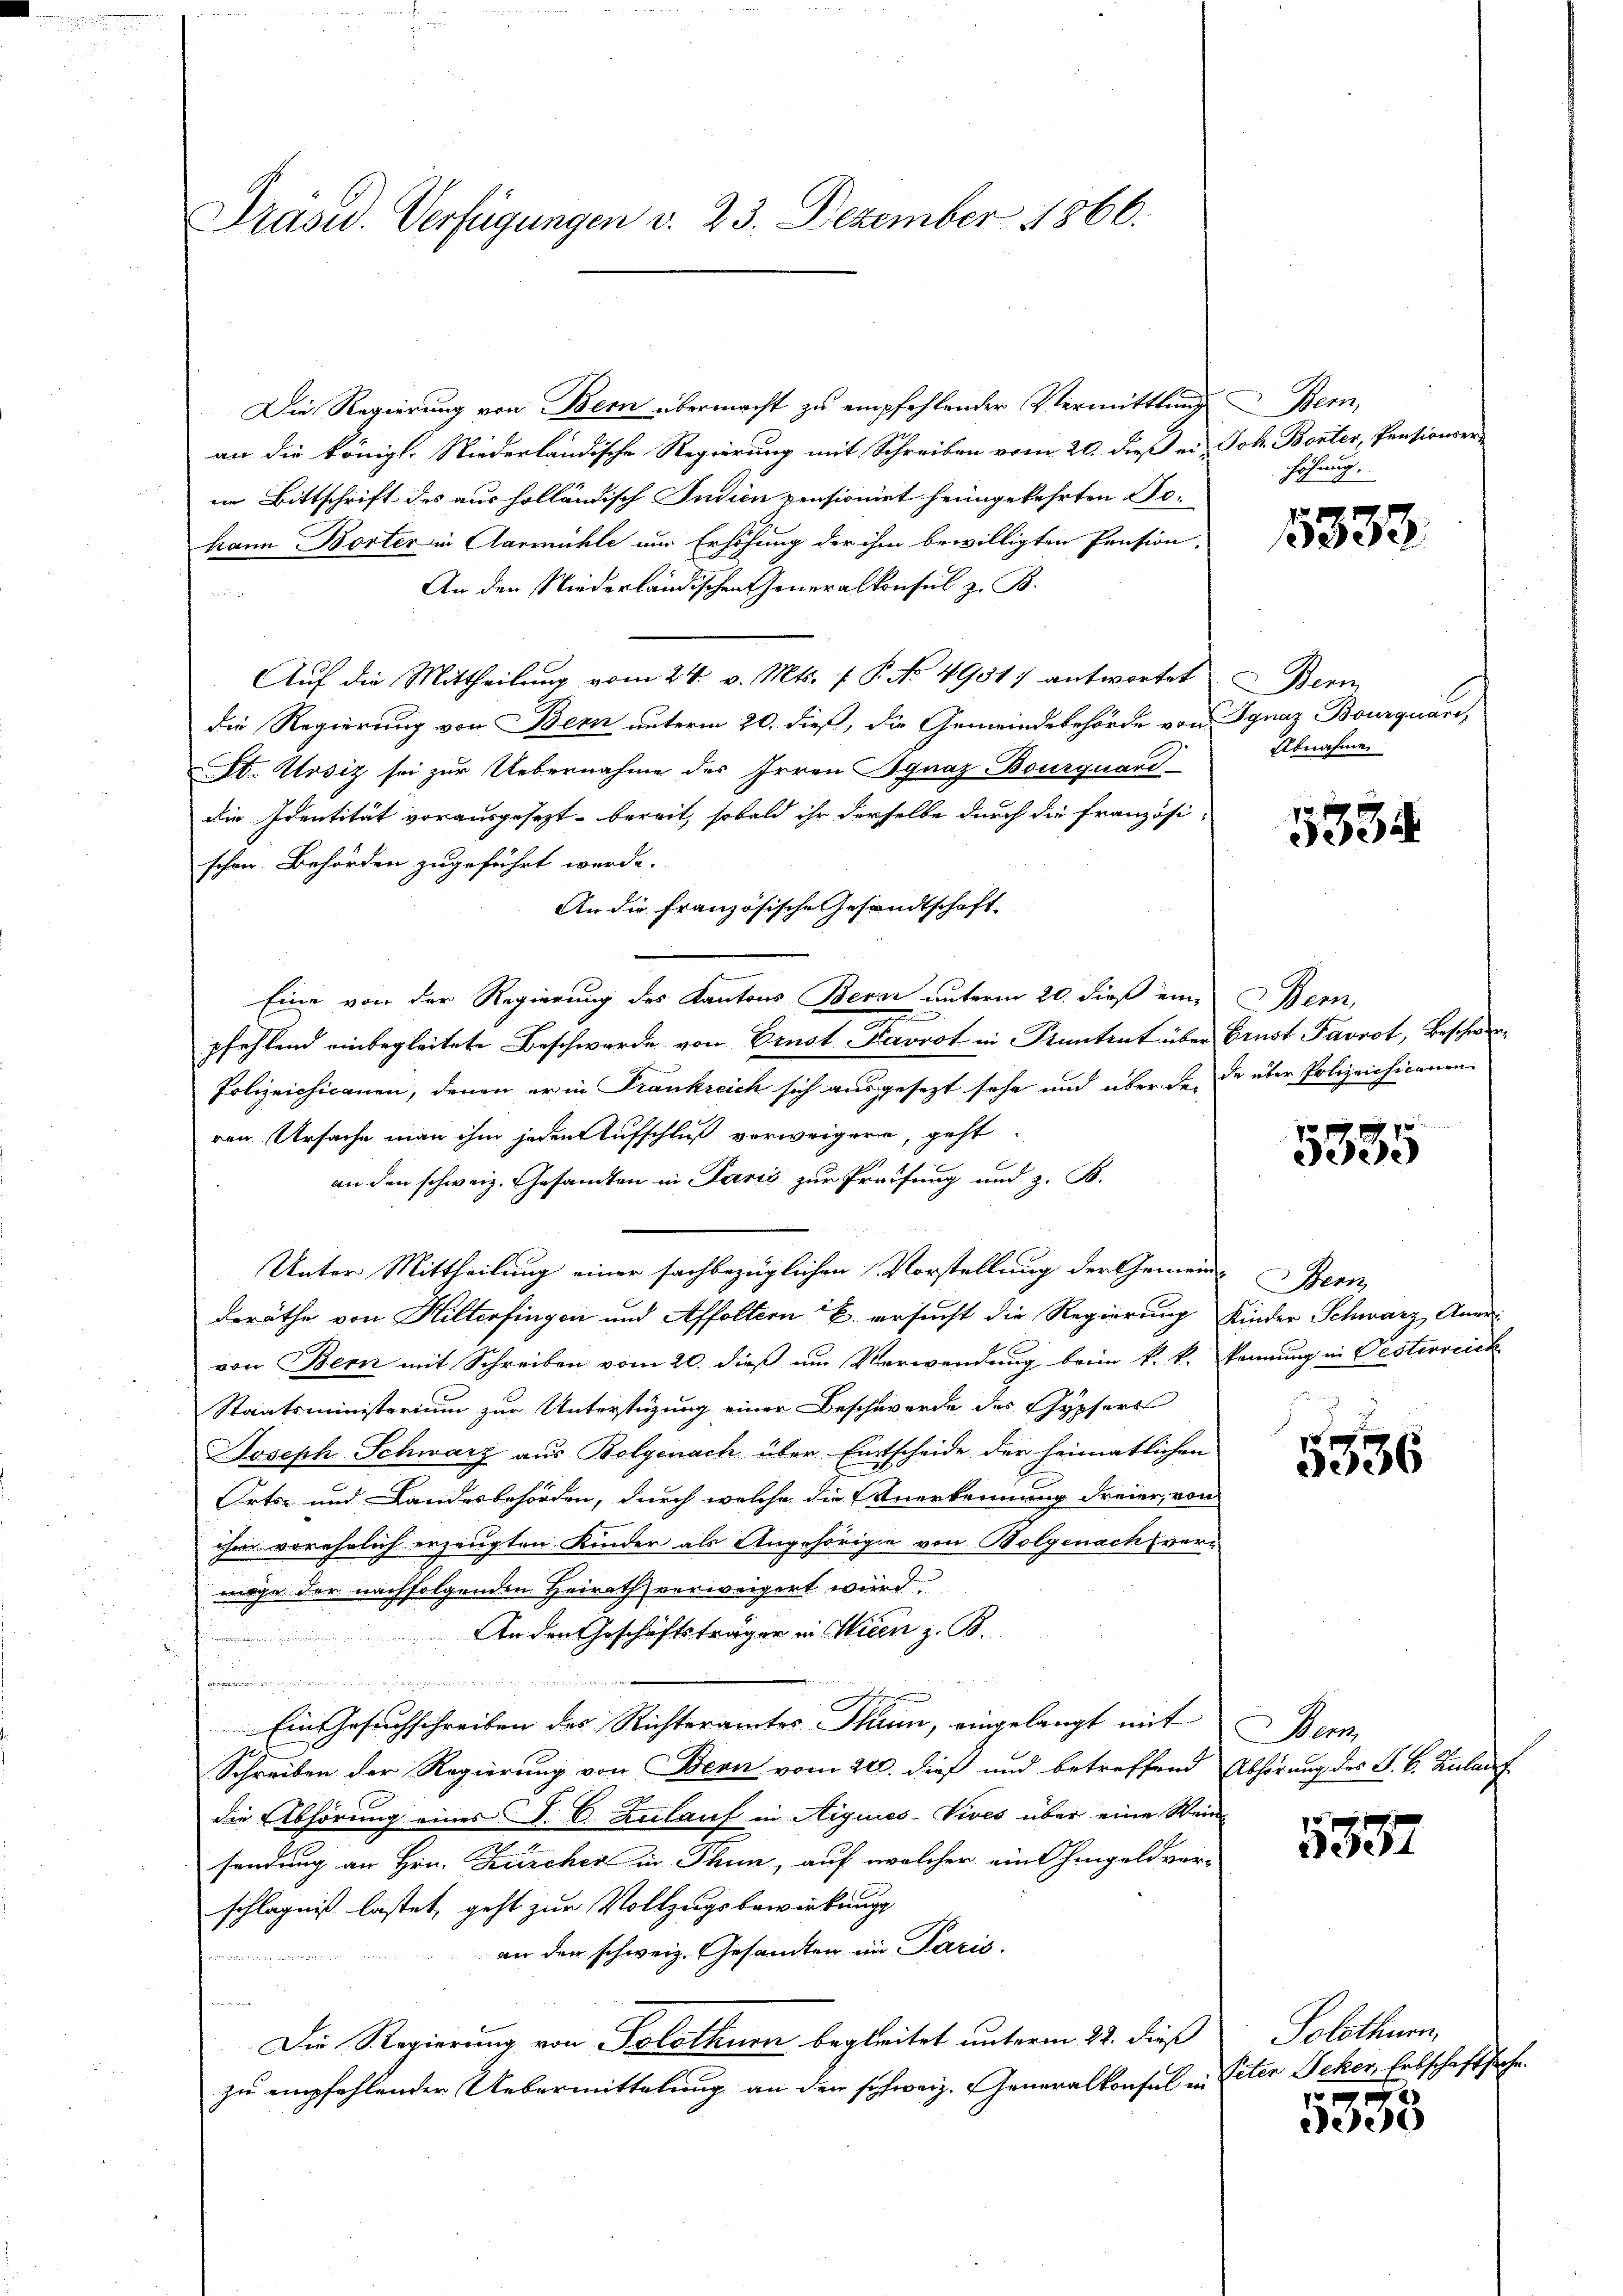
Die Regierung von Bern übermacht zu empfehlender Vermittlung
an die königl. Niederländische Regierung mit Schreiben vom 20. dieß ei Joh. Borter, Pensionserin Bittschrift des aus holländisch Indien pensionirt heimgekehrten Fo
kann Borter in Aarmühle nur Erhöhung der ihm bewilligten Pension,
An den Niederländischen Generalkonsul z. B.
e
Auf die Mittheilung vom 24. v. Mts. f. P. No 49017 antwortet Bern
die Regierung von Bern unterm 20. dieß, die Gemeindebehörde von Ignaz Bourquari,
Dt. Ursiz sei zur Uebernahme des Irren Ignaz Bourquard
die Identität vorausgesezt bereit, sobald ihr derselbe durch die französi-
schen Behörden zugeführt werde.
An die französische Gesandtschaft
Eine von der Regierung des Kantons Berne unterm 20. dieß eine Bern,
n
pfehlend einbegleitete Beschwerde von Ernst-Favrot in Stantent über Ernst Favrot, Beschwer¬
Polizeichicanen, denen er in Trankreich sich ausgesezt sehe und überde, da über Polizeichicanen
ren Ursache man ihm jeden Aufschluß verweigern, geht.
an den schweiz. Gesandten in Paris zur Preifung und z. B.
Unter Mittheilung einer sachbezüglichen Vorstellung der Gemein-Bern,
deräthe von Hilterfingen und Affoltern B. ersucht die Regierung Kinder Schwarz, Anervon Bern mit Schreiben vom 20. dieß um Verwendung beim k. k. kennung in Pesterreich
Staatsministerium zur Unterstüzung einer Beschwerde des Gypfers
Joseph Schwarz aus Bolgenach über Entscheide der heimatlichen
Orts- und Landesbehörden, durch welche die Anerkennung dreier, von
ihm vorehelich erzeugten Kinder als Angehörige von Bolgenach vermöge der nachfolgenden Heirath verweigert wird.
An den Geschäftsträger in Wien z. B.

.
Ein Gesuchschreiben des Richteramtes Thun, eingelangt mit
Schreiben der Regierung von Bern vom 21. dieß und betreffend
die Abhörung eines J. C. Zulauf in Stiques-Vives über eine Wein
sendung an Hrn. Zürcher in Thun, auf welcher ein hingeldver-
schlagnis lastet, geht zur Vollzugsbewirkung
an den schweiz. Gesandten in Paris.
eder
nten an
Die Regierung von Solothurn begleitet unterm 22. dieß
zu empfehlender Uebermittelung an den schweiz. Generalkonsul in

Präsid. Verfügungen d. 23. Dezember 1866.

Bem,
höhung.

Abnahme

5333

5334

5335

5336

Bem
Abhörung des S. B. Zulauf

3381

Solothurn,
Peter Seher Erbschaftsache.
e

ee